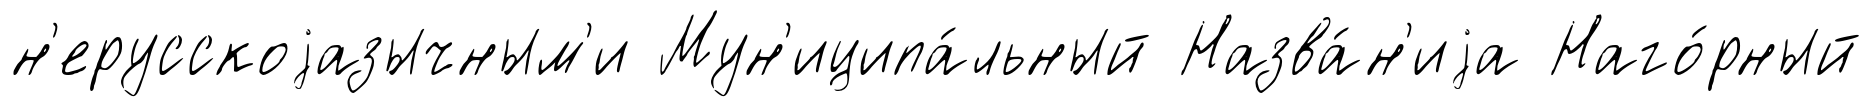
н'ерусскоjазычным'и Мун'иципа́льный Назва́н'иjа Наго́рный